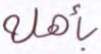
بأهله